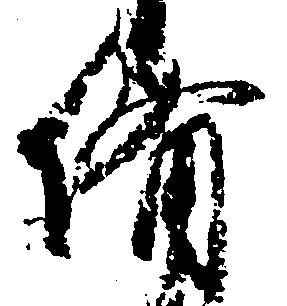
備